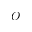
O